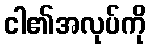
ငါ၏အလုပ်ကို